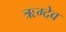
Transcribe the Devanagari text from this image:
ऋग्देव